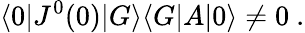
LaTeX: \langle 0|J^{0}(0)|G\rangle\langle G|A|0\rangle\neq 0~.